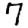
Digit: 7